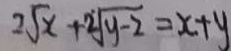
2 \sqrt { x } + 2 \sqrt { y - 2 } = x + y